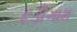
દડીગામ